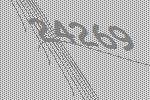
24269